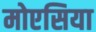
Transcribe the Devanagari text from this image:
मोएसिया